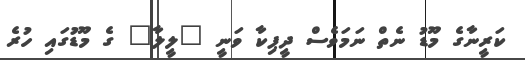
ކަރީނާގެ މޫޑު ނެތް ނަމަވެސް ދީޕިކާ ވަނީ "ލީލާ" ގެ މޫޑުގައި ހުރެ